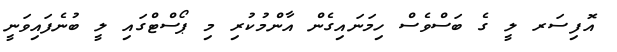
އޮފިސަރ ލީ ގެ ބަސްވެސް ހިމަނައިގެން އާންމުކުރި މި ޕޯސްޓްގައި ލީ ބުނެފައިވަނީ